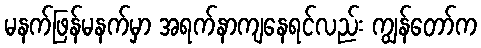
မနက်ဖြန်မနက်မှာ အရက်နာကျနေရင်လည်း ကျွန်တော်က